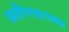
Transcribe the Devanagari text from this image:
अलीगडच्या